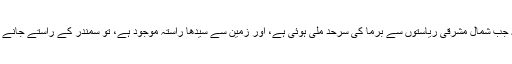
یہ سوال بھی اٹھتے کہ جب شمال مشرقی ریاستوں سے برما کی سرحد ملی ہوئی ہے، اور زمین سے سیدھا راستہ موجود ہے، تو سمندر کے راستے جانے کی کیا ضرورت تھی۔